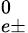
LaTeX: ^{0}_{e\pm}